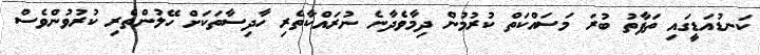
ކަނޑުއަޑީގައި ތަފާތު ބުރަ މަސައްކަތް ކުރުމުން ދިމާވެދާނެ ނުރައްކާތެރި ހާދިސާތަކަށް ހޭލުންތެރި ކުރުވުންވެސް